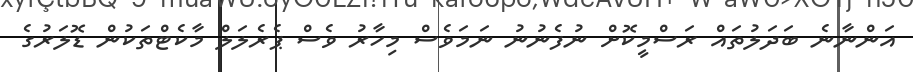
އަންނާނެ ބަދަލުތައް ރަސްމީކޮށް ނުފެނުނު ނަމަވެސް މިހާރު ވެސް ޕެރެލަލް މާކެޓްތަކުން ޑޮލަރުގެ